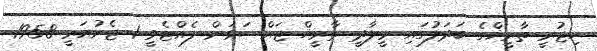
ހިޖުރީ ތާރީޚްގެ ބަދަލުގައި މީލާދީ ތާރީޚް ޖައްސަވަން ފެއްޓެވީ 1 ޖެނުއަރީ 1958